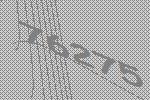
76275